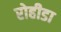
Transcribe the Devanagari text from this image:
रोहीडा